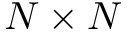
N \times N